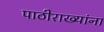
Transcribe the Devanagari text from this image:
पाठीराख्यांना